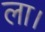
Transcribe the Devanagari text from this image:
ला।